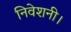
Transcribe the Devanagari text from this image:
निवेशनी।